Annual statistical returns and brief notes on vaccination in Bengal - 1896-1909
Year: 1896
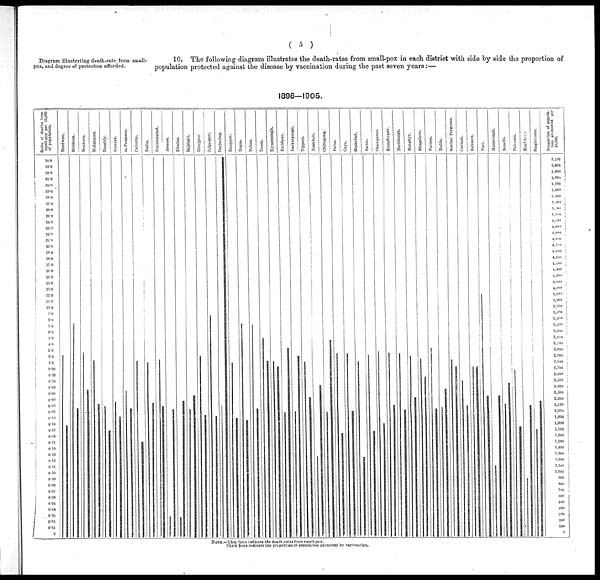
( 5 )
Diagram illustrating death-rate from small-
pox, and degree of protection afforded.
10. The following diagram illustrates the death-rates from small-pox in each district with side by side the proportion of
population protected against the disease by vaccination during the past seven years :—
1898—1905.
NOTE.—Thin lines indicate the death-rates from small-pox.
Thick lines indicate the proportion of population protected by vaccination.